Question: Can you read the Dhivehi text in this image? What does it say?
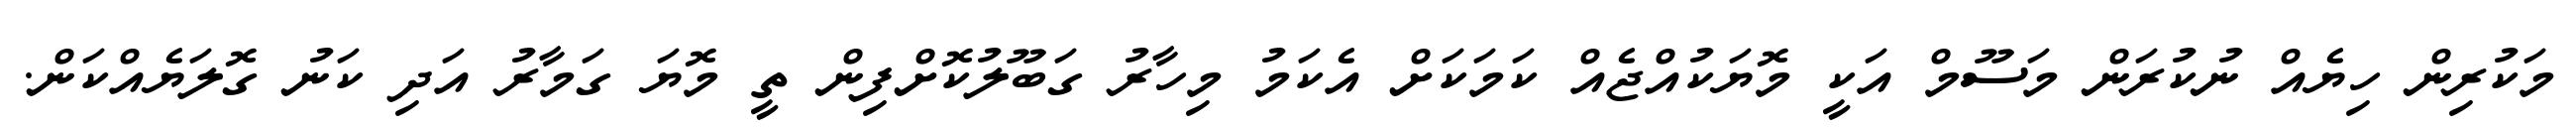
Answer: މަކުރިން ހިޔެއް ނުކުރަން މަސޫމް އަކީ މޮޔަކުއްޖެއް ކަމަކަށް އެކަމު މިހާރު ގަބޫލުކޮށްފިން ތީ މޮޔަ ގަމާރު އަދި ކަނު ގޮލަޔެއްކަން.